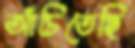
আঁচিতেছি